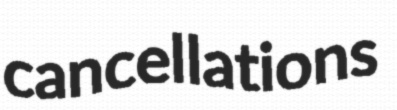
cancellations